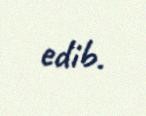
edib.